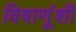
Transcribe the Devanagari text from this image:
विषाणूंशी